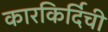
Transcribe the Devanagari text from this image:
कारकिर्दिची